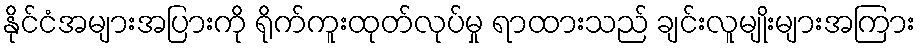
နိုင်ငံအများအပြားကို ရိုက်ကူးထုတ်လုပ်မှု ရာထားသည် ချင်းလူမျိုးများအကြား